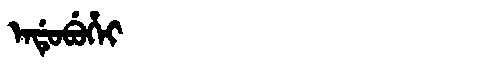
Manchu: ᡝᠨᡩᡠᠪᡠᡥᡝᡳ
Romanization: ENDUBUHEI